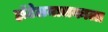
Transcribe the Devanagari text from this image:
हॉटेलमालकाला